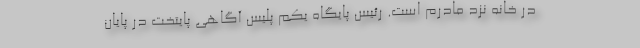
در خانه نزد مادرم است. رئیس پایگاه یکم پلیس آگاهی پایتخت در پایان